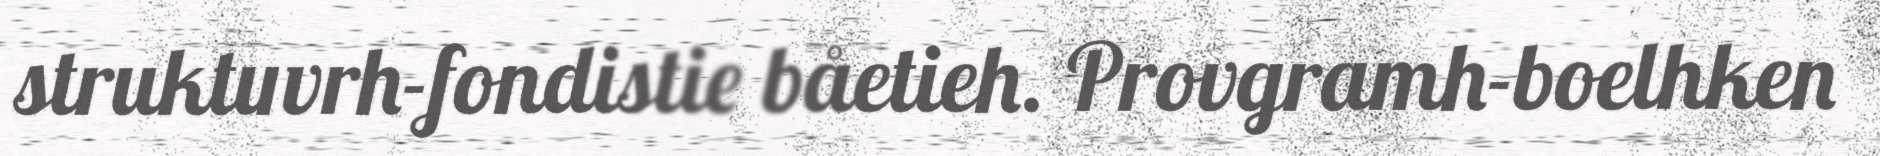
struktuvrh-fondistie båetieh. Provgramh-boelhken